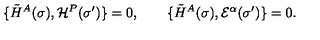
\{ \tilde { H } ^ { A } ( \sigma ) , { \cal H } ^ { P } ( \sigma ^ { \prime } ) \} = 0 , \qquad \{ \tilde { H } ^ { A } ( \sigma ) , { \cal E } ^ { \alpha } ( \sigma ^ { \prime } ) \} = 0 .